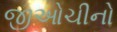
જીઓચીનો